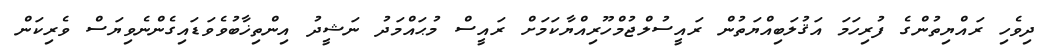
ދިވެހި ރައްޔިތުންގެ ފުރިހަމަ އަޤުލަބިއްޔަތުން ރައީސުލްޖުމްހޫރިއްޔާކަމަށް ރައީސް މުޙައްމަދު ނަޝީދު އިންތިޚާބުވެވަޑައިގެންނެވިޔަސް ވެރިކަން